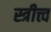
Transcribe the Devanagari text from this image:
स्त्रीत्त्व